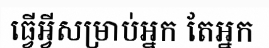
ធ្វើអ្វីសម្រាប់អ្នក តែអ្នក